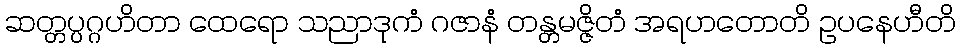
ဆတ္တပ္ပဂ္ဂဟိတာ ထေရော သညာဒုကံ ဂဇာနံ တန္တမဇ္ဇိတံ အရဟတောတိ ဥပနေဟီတိ